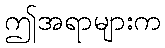
ဤအရာများက